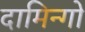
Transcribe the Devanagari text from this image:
दामिन्गो